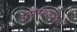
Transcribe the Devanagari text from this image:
अनुसंधानियों